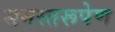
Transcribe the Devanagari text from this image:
समस्तरूपेण